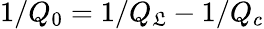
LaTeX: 1/Q_{0}=1/Q_{\mathfrak{L}}-1/Q_{c}